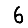
Digit: 6